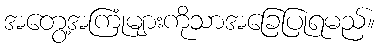
အတွေ့အကြုံများကိုသာအခြေပြုရမည်။